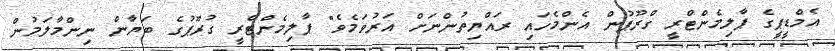
އެމްޑީޕީގެ ޕާލިމެންޓްރީ ގްރޫޕުން އެންމެހައި ރައްޔިތުންނަށް އަރުވަމެވެ" ޕާލިމެންޓްރީ ގުރޫޕުގެ ބަޔާން ނިންމާލަމުން